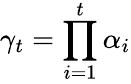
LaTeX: \gamma_{t}=\prod_{i=1}^{t}\alpha_{i}